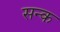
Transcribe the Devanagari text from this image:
सन्क